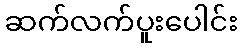
ဆက်လက်ပူးပေါင်း